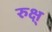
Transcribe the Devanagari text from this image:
रुक्ष्